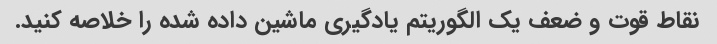
نقاط قوت و ضعف یک الگوریتم یادگیری ماشین داده شده را خلاصه کنید.